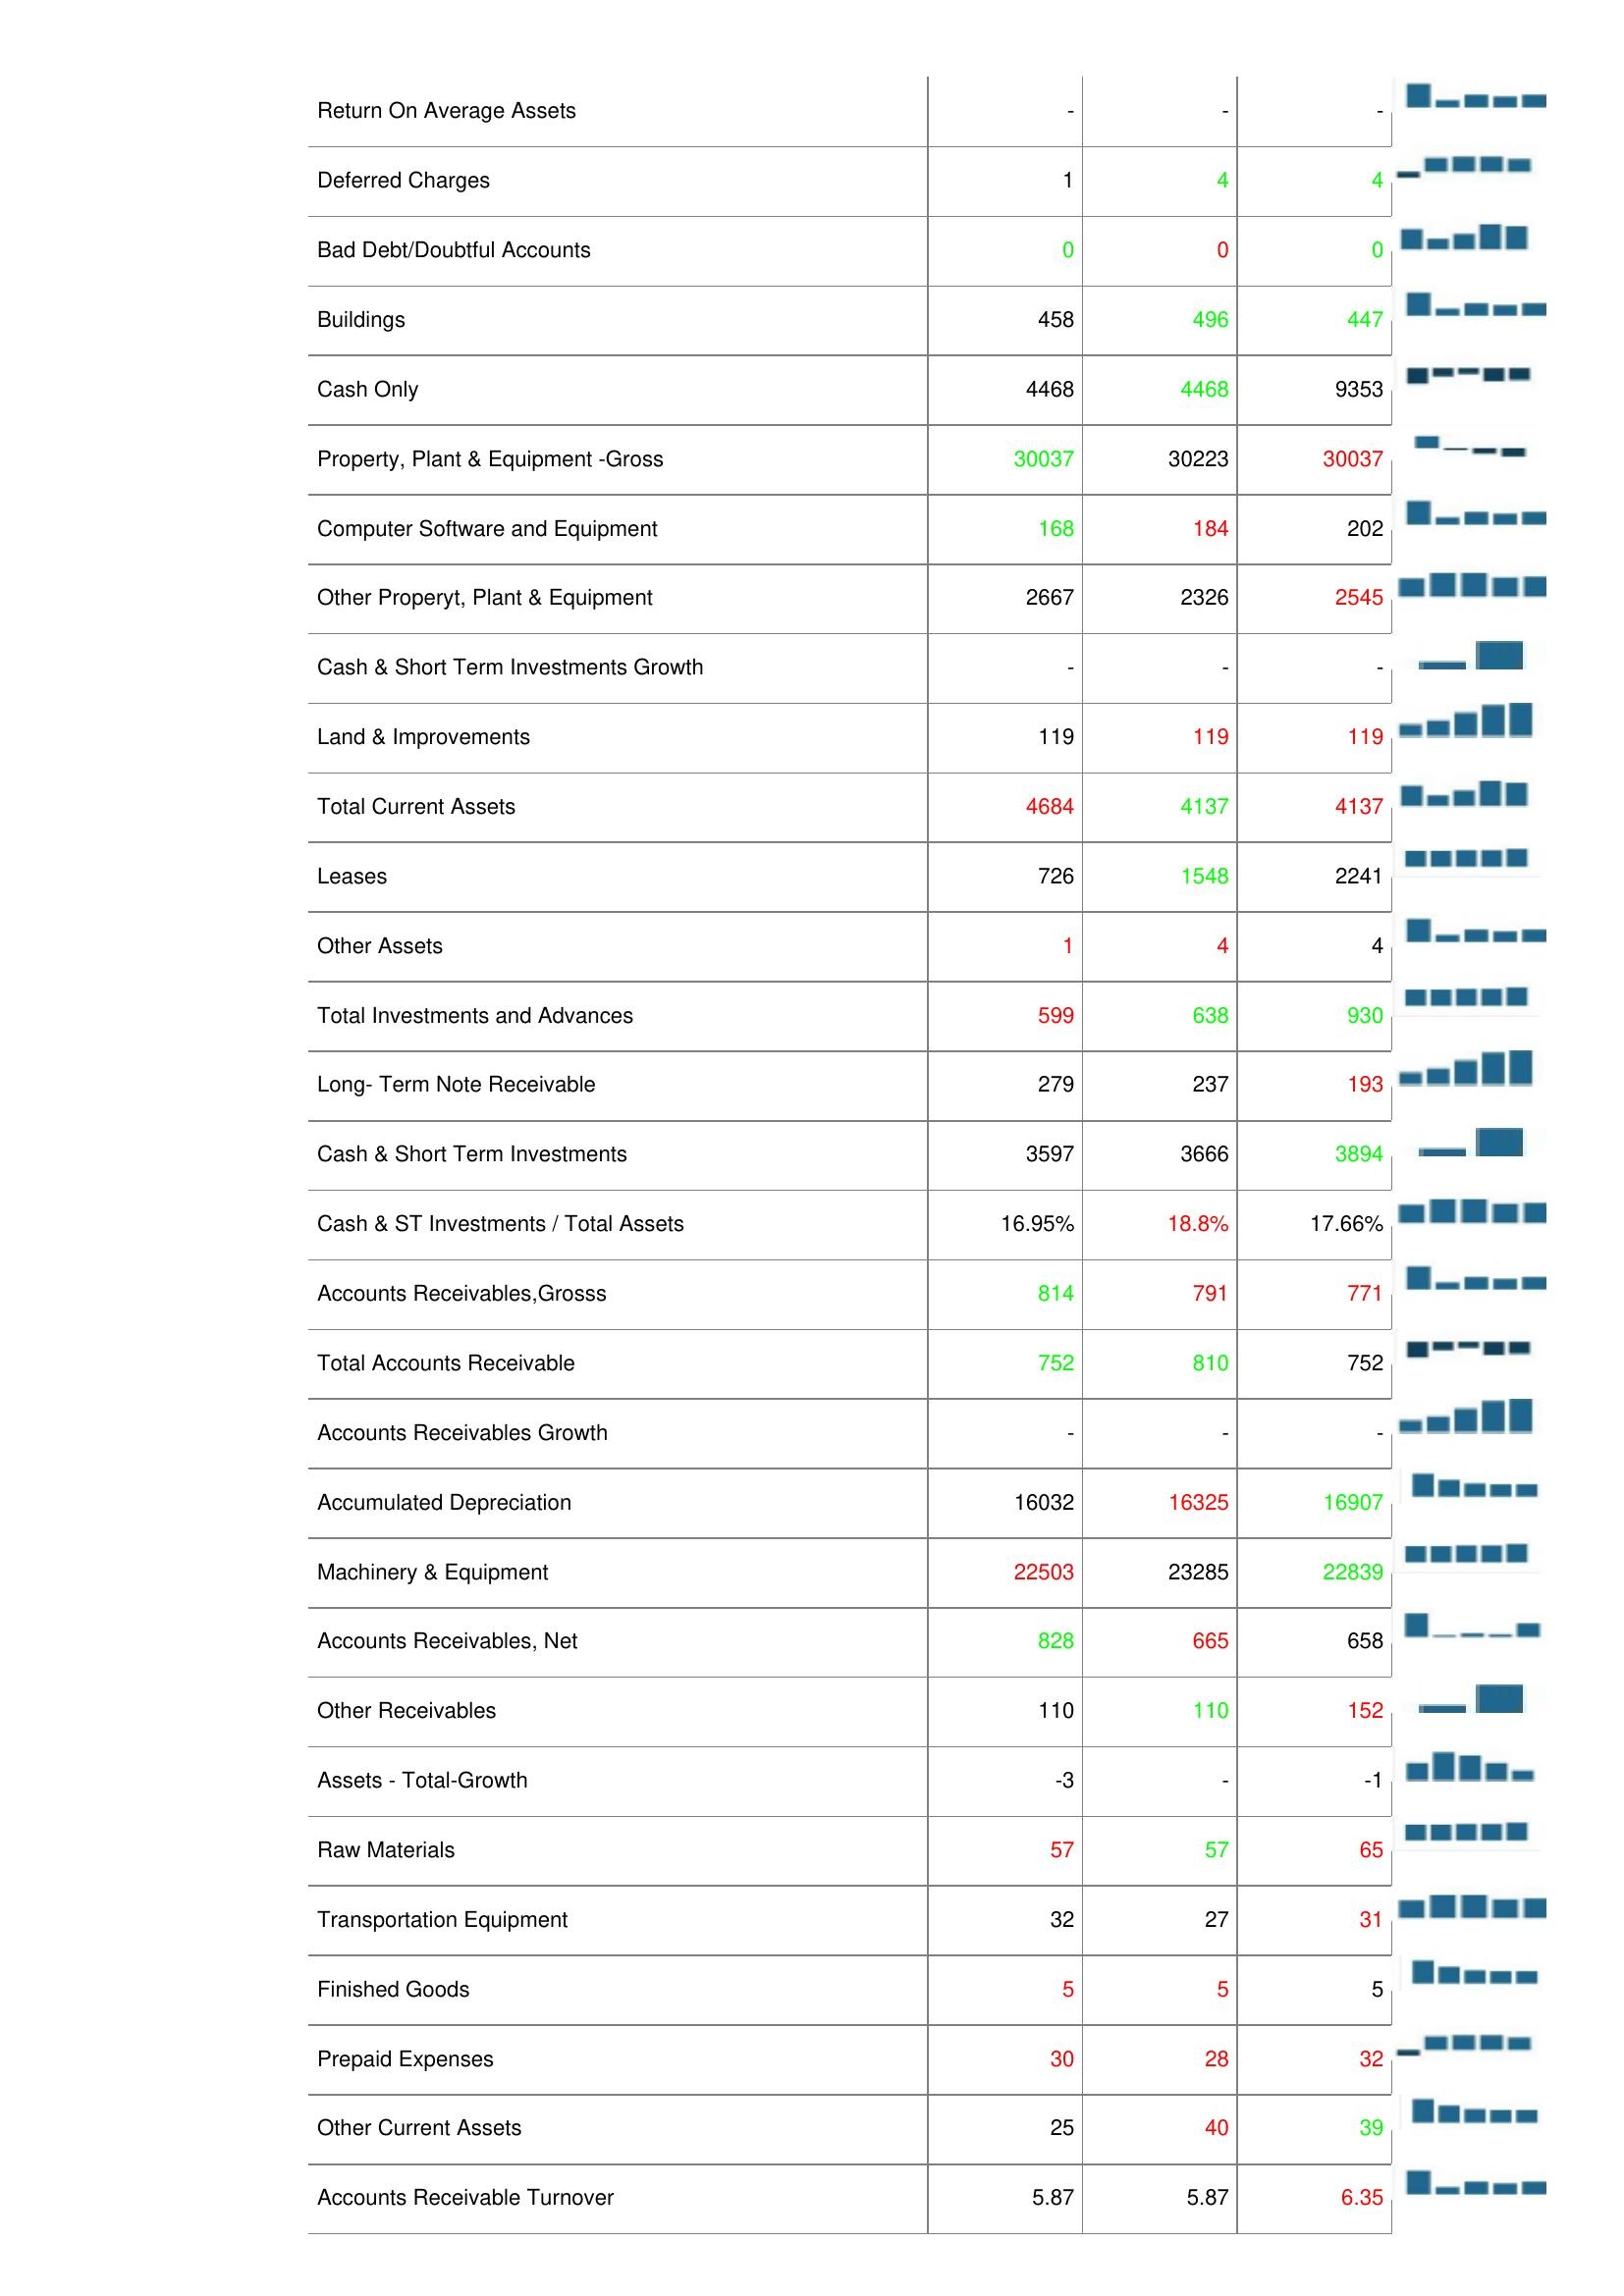
2012: Assets: LT Investment - Affiliate Companies: 645
Inventories: 66
Asset Turnover: 0
Total Assets: 19790
Net Property,Plant & Equipment: 12793
Construction in Progress: 1460
Return On Average Assets: -
Deferred Charges: 1
Bad Debt/Doubtful Accounts: 0
Buildings: 458
Cash Only: 4468
Property, Plant & Equipment -Gross: 30037
Computer Software and Equipment: 168
Other Properyt, Plant & Equipment: 2667
Cash & Short Term Investments Growth: -
Land & Improvements: 119
Total Current Assets: 4684
Leases: 726
Other Assets: 1
Total Investments and Advances: 599
Long- Term Note Receivable: 279
Cash & Short Term Investments: 3597
Cash & ST Investments / Total Assets: 16.95%
Accounts Receivables,Grosss: 814
Total Accounts Receivable: 752
Accounts Receivables Growth: -
Accumulated Depreciation: 16032
Machinery & Equipment: 22503
Accounts Receivables, Net: 828
Other Receivables: 110
Assets - Total-Growth: -3
Raw Materials: 57
Transportation Equipment: 32
Finished Goods: 5
Prepaid Expenses: 30
Other Current Assets: 25
Accounts Receivable Turnover: 5.87
2013: Assets: LT Investment - Affiliate Companies: 603
Inventories: 46
Asset Turnover: -
Total Assets: 19044
Net Property,Plant & Equipment: 13072
Construction in Progress: 1576
Return On Average Assets: -
Deferred Charges: 4
Bad Debt/Doubtful Accounts: 0
Buildings: 496
Cash Only: 4468
Property, Plant & Equipment -Gross: 30223
Computer Software and Equipment: 184
Other Properyt, Plant & Equipment: 2326
Cash & Short Term Investments Growth: -
Land & Improvements: 119
Total Current Assets: 4137
Leases: 1548
Other Assets: 4
Total Investments and Advances: 638
Long- Term Note Receivable: 237
Cash & Short Term Investments: 3666
Cash & ST Investments / Total Assets: 18.8%
Accounts Receivables,Grosss: 791
Total Accounts Receivable: 810
Accounts Receivables Growth: -
Accumulated Depreciation: 16325
Machinery & Equipment: 23285
Accounts Receivables, Net: 665
Other Receivables: 110
Assets - Total-Growth: -
Raw Materials: 57
Transportation Equipment: 27
Finished Goods: 5
Prepaid Expenses: 28
Other Current Assets: 40
Accounts Receivable Turnover: 5.87
2014: Assets: LT Investment - Affiliate Companies: 603
Inventories: 66
Asset Turnover: -
Total Assets: 19271
Net Property,Plant & Equipment: 12566
Construction in Progress: 1576
Return On Average Assets: -
Deferred Charges: 4
Bad Debt/Doubtful Accounts: 0
Buildings: 447
Cash Only: 9353
Property, Plant & Equipment -Gross: 30037
Computer Software and Equipment: 202
Other Properyt, Plant & Equipment: 2545
Cash & Short Term Investments Growth: -
Land & Improvements: 119
Total Current Assets: 4137
Leases: 2241
Other Assets: 4
Total Investments and Advances: 930
Long- Term Note Receivable: 193
Cash & Short Term Investments: 3894
Cash & ST Investments / Total Assets: 17.66%
Accounts Receivables,Grosss: 771
Total Accounts Receivable: 752
Accounts Receivables Growth: -
Accumulated Depreciation: 16907
Machinery & Equipment: 22839
Accounts Receivables, Net: 658
Other Receivables: 152
Assets - Total-Growth: -1
Raw Materials: 65
Transportation Equipment: 31
Finished Goods: 5
Prepaid Expenses: 32
Other Current Assets: 39
Accounts Receivable Turnover: 6.35